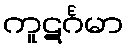
ကူဋင်္ဂမာ